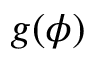
g ( \phi )